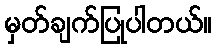
မှတ်ချက်ပြုပါတယ်။